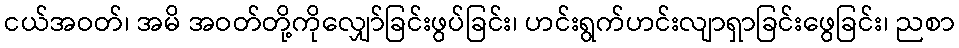
ငယ်အဝတ်၊ အမိ အဝတ်တို့ကိုလျှော်ခြင်းဖွပ်ခြင်း၊ ဟင်းရွက်ဟင်းလျာရှာခြင်းဖွေခြင်း၊ ညစာ